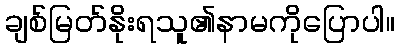
ချစ်မြတ်နိုးရသူ၏နာမကိုပြောပါ။